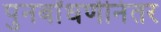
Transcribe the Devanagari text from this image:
पुनर्बांधणीनंतर